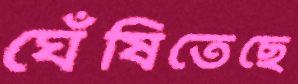
ঘেঁষিতেছে